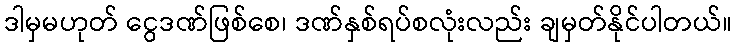
ဒါမှမဟုတ် ငွေဒဏ်ဖြစ်စေ၊ ဒဏ်နှစ်ရပ်စလုံးလည်း ချမှတ်နိုင်ပါတယ်။